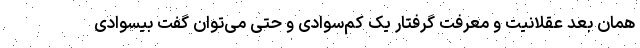
همان بعد عقلانیت و معرفت گرفتار یک کم‌سوادی و حتی می‌توان گفت بیسوادی